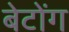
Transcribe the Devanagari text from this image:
बेटोंग